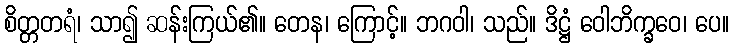
စိတ္တတရံ၊ သာ၍ ဆန်းကြယ်၏။ တေန၊ ကြောင့်။ ဘဂဝါ၊ သည်။ ဒိဋ္ဌံ ဝေါဘိက္ခဝေ၊ ပေ။